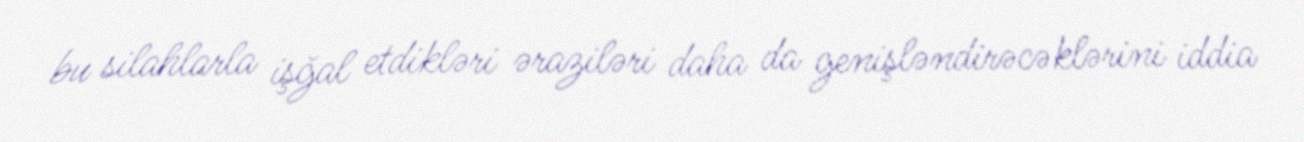
bu silahlarla işğal etdikləri əraziləri daha da genişləndirəcəklərini iddia